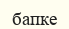
бапке